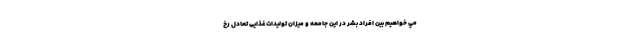
مي خواهيم بین افراد بشر در این جامعه و میزان تولیدات غذایی تعادل رخ